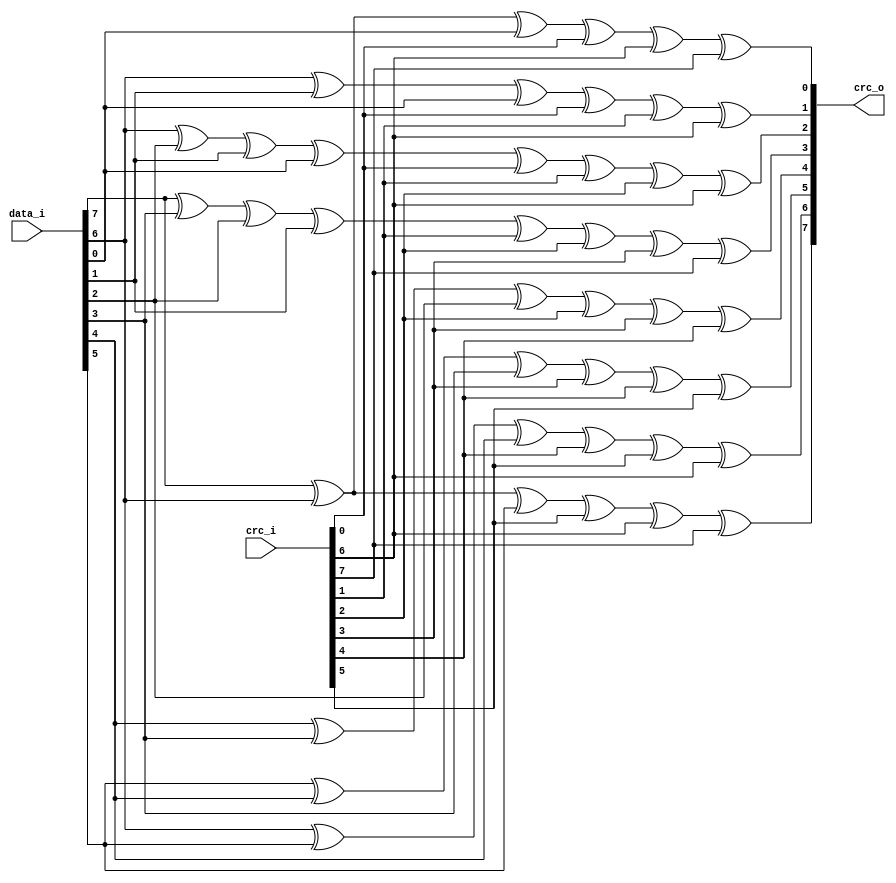
//------------------------------------------------------------------------------------------------------//
//													         CRC8-CCITT FUNCTION 												  //
//------------------------------------------------------------------------------------------------------//
module crc8_ccitt 
(
	input		[7:0]		data_i,
	input		[7:0]		crc_i,
	
	output	[7:0]		crc_o
	
);

	wire [7:0] new_crc;

	wire [7:0] reg_d = data_i;
	wire [7:0] reg_c = crc_i;
	
	assign new_crc[0] = reg_d[7] ^ reg_d[6] ^ reg_d[0] ^ reg_c[0] ^ reg_c[6] ^ reg_c[7];
	assign new_crc[1] = reg_d[6] ^ reg_d[1] ^ reg_d[0] ^ reg_c[0] ^ reg_c[1] ^ reg_c[6];
	assign new_crc[2] = reg_d[6] ^ reg_d[2] ^ reg_d[1] ^ reg_d[0] ^ reg_c[0] ^ reg_c[1] ^ reg_c[2] ^ reg_c[6];
	assign new_crc[3] = reg_d[7] ^ reg_d[3] ^ reg_d[2] ^ reg_d[1] ^ reg_c[1] ^ reg_c[2] ^ reg_c[3] ^ reg_c[7];
	assign new_crc[4] = reg_d[4] ^ reg_d[3] ^ reg_d[2] ^ reg_c[2] ^ reg_c[3] ^ reg_c[4];
	assign new_crc[5] = reg_d[5] ^ reg_d[4] ^ reg_d[3] ^ reg_c[3] ^ reg_c[4] ^ reg_c[5];
	assign new_crc[6] = reg_d[6] ^ reg_d[5] ^ reg_d[4] ^ reg_c[4] ^ reg_c[5] ^ reg_c[6];
	assign new_crc[7] = reg_d[7] ^ reg_d[6] ^ reg_d[5] ^ reg_c[5] ^ reg_c[6] ^ reg_c[7];
	assign crc_o = new_crc;

endmodule